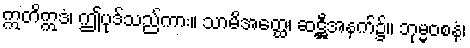
ဣတိဣဒံ၊ ဤပုဒ်သည်ကား။ သာမိအတ္ထေ၊ ဆဋ္ဌီအနက်၌။ ဘုမ္မဝစနံ၊